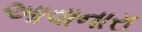
આવાનારા